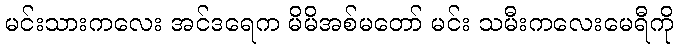
မင်းသားကလေး အင်ဒရေက မိမိအစ်မတော် မင်း သမီးကလေးမေရီကို